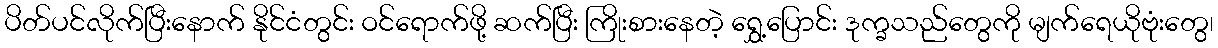
ပိတ်ပင်လိုက်ပြီးနောက် နိုင်ငံတွင်း ဝင်ရောက်ဖို့ ဆက်ပြီး ကြိုးစားနေတဲ့ ရွှေ့ပြောင်း ဒုက္ခသည်တွေကို မျက်ရေယိုဗုံးတွေ၊